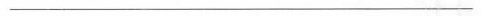
___